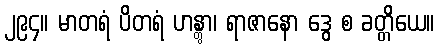
၂၉၄။ မာတရံ ပိတရံ ဟန္တွာ၊ ရာဇာနော ဒွေ စ ခတ္တိယေ။